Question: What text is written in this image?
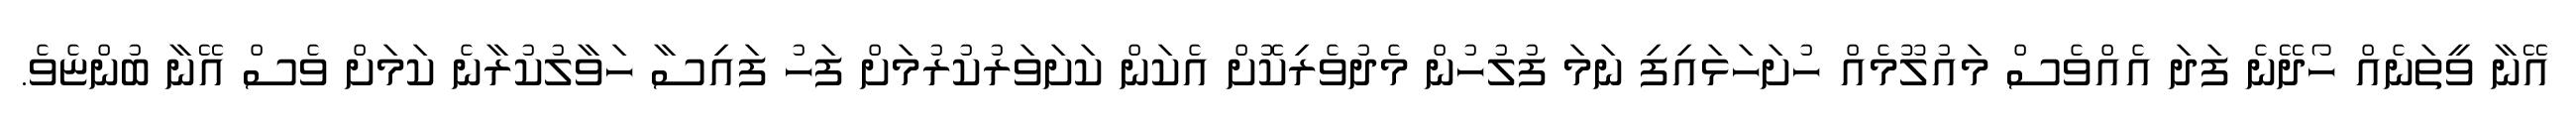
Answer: އޭނާ ވީތަނެއް ހޯދޭނެ ފަދަ އެއްވެސް މައުލޫމެއް ހުށަހަޅައިފި ނަމަ ފުލުހުން މެދުވެރިކޮށް އެކަން ކަށަވަރުކުރުމަށް ފަހު ފައިސާ ހަވާލުކުރާނެ ކަމަށް ވެސް އޭނާ ބުންޏެވެ.